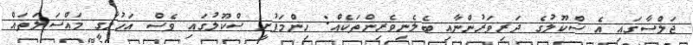
ޖަލްސާގައި އެ ސްކޫލުގެ ދަރިވަރުންނާއި ބެލެނިވެރިންތަކެއް: ހިންމަފުށީ ސްކޫލުގައި ވެސް އަޚުލާގީ މައްސަލަތައް